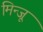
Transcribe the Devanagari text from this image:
मिन्जू